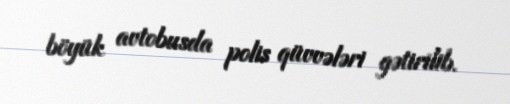
böyük avtobusda polis qüvvələri gətirilib.